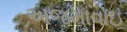
અજમાવાઇ